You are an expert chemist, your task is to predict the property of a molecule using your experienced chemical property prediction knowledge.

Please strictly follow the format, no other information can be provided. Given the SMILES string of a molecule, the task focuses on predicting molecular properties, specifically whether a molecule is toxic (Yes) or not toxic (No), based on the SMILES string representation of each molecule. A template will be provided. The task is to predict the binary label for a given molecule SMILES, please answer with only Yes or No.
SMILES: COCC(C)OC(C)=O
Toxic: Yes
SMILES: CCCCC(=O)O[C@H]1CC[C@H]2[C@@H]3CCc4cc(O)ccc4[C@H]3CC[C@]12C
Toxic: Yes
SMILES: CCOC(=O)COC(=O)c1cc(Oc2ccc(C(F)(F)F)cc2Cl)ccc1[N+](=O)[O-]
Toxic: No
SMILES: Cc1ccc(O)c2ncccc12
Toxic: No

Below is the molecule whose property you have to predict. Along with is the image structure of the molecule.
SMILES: Oc1ccc(/C=C/c2cc(O)cc(O)c2)cc1
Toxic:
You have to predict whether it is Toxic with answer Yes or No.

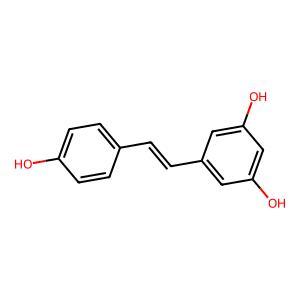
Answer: Yes